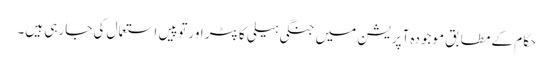
حکام کے مطابق موجودہ آپریشن میں جنگی ہیلی کاپٹر اور توپیں استعمال کی جارہی ہیں۔